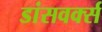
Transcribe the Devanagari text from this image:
डांसवर्क्स